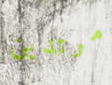
مرتدين